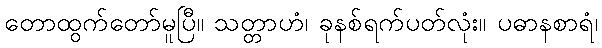
တောထွက်တော်မူပြီ။ သတ္တာဟံ၊ ခုနစ်ရက်ပတ်လုံး။ ပဓာနစာရံ၊